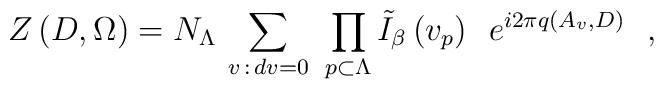
\left.  Z \, (D,\Omega) = N_{\Lambda} \, \sum_{v \, : \, dv = 0} \ \prod_{ p \subset \Lambda} \tilde{I}_{\beta} \, (v_{p}) \ \ e^{i 2 \pi q (A_{v} ,D)} \ \ , \right.